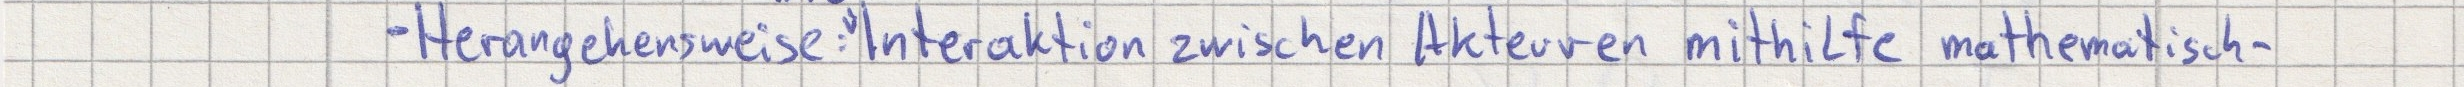
- Herangehensweise: Interaktion zwischen Akteuren mithilfe mathematisch-